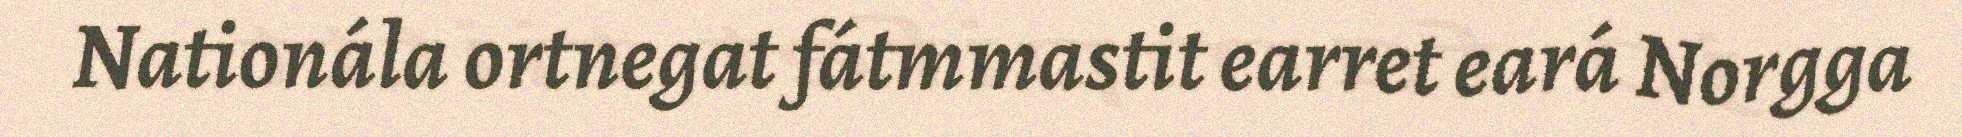
Nationála ortnegat fátmmastit earret eará Norgga